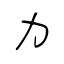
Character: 力